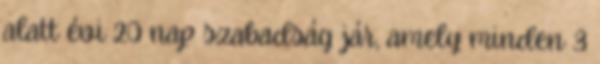
alatt évi 20 nap szabadság jár, amely minden 3